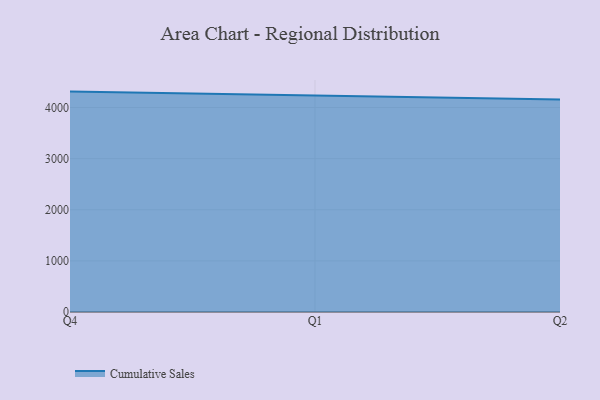
{"axis": {"x": "Quarter", "y": "Backlog"}, "legend": ["Cumulative Sales"], "data": [{"x": "Q4", "y": 4311.3, "type": "Cumulative Sales"}, {"x": "Q1", "y": 4240.6, "type": "Cumulative Sales"}, {"x": "Q2", "y": 4156.3, "type": "Cumulative Sales"}]}